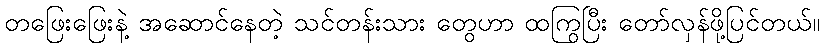
တဖြေးဖြေးနဲ့ အဆောင်နေတဲ့ သင်တန်းသား တွေဟာ ထကြွပြီး တော်လှန်ဖို့ပြင်တယ်။